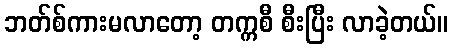
ဘတ်စ်ကားမလာတော့ တက္ကစီ စီးပြီး လာခဲ့တယ်။